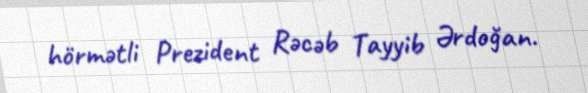
hörmətli Prezident Rəcəb Tayyib Ərdoğan.